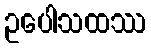
ဥပေါသထဿ